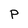
Character: p